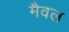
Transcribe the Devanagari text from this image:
मैवल